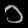
Digit: ၁